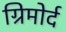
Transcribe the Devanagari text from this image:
ग्रिमोर्द